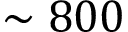
\sim 8 0 0